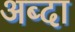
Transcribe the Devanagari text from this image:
अब्दा